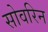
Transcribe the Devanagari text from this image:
सोवरिन